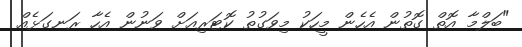
"ބަލްމާ އޮތް ގޮތުން އެހެން މީހަކު މިވަގުތު ކޮޓަރިއަށް ވަނުން އެހާ ރަނގަޅެއް